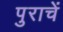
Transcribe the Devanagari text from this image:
पुराचें